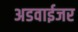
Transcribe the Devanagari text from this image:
अडवाईजर